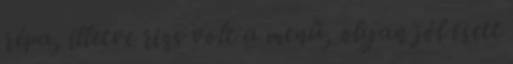
répa, illetve rizs volt a menü, olyan jól esett